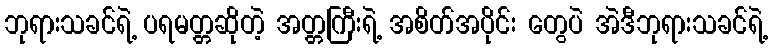
ဘုရားသခင်ရဲ့ ပရမတ္တဆိုတဲ့ အတ္တကြီးရဲ့ အစိတ်အပိုင်း တွေပဲ အဲဒီဘုရားသခင်ရဲ့